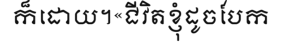
ក៏ដោយ។«ជីវិតខ្ញុំដូចបែក